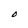
Character: o